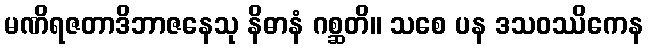
မဏိရဇတာဒိဘာဇနေသု နိဓာနံ ဂစ္ဆတိ။ သစေ ပန ဒသဝဿိကေန